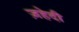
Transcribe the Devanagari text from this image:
ज़हेदी